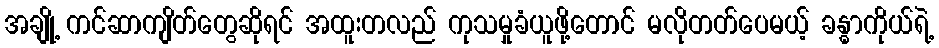
အချို့ ကင်ဆာကျိတ်တွေဆိုရင် အထူးတလည် ကုသမှုခံယူဖို့တောင် မလိုတတ်ပေမယ့် ခန္ဓာကိုယ်ရဲ့